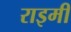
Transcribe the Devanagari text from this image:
राइमी